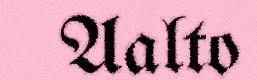
Aalto